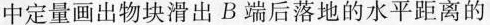
中定量画出物块滑出B端后落地的水平距离的